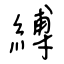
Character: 縛